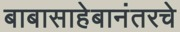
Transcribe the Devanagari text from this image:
बाबासाहेबानंतरचे